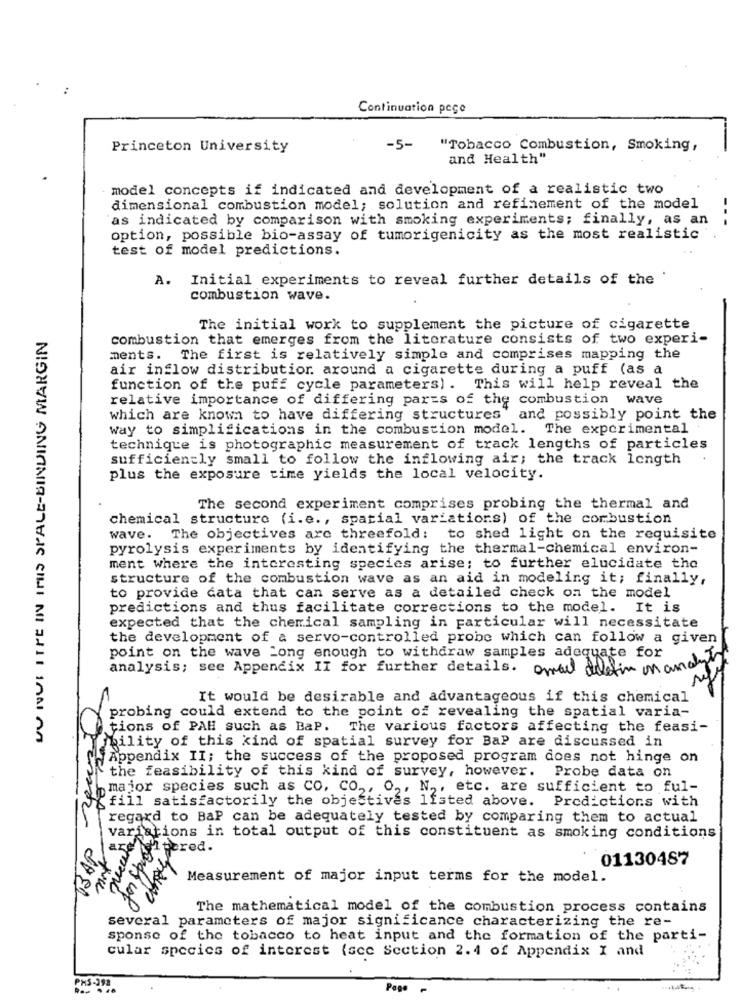
Continuation pece
Princeton University
-5-
"Tobacco Combustion, Smoking,
and Health"
model concepts if indicated and development of a realistic two
dimensional combustion model; solution and refinement of the model
as indicated by comparison with smoking experiments; finally, as an
option, possible bio-assay of tumorigenicity as the most realistic
test of model predictions.
A. Initial experiments to reveal further details of the
combustion wave.
DU NUI ITTE IN IUS SPALE-BINDING MARGIN
The initial work to supplement the picture of cigarette
combustion that emerges from the literature consists of two experi-
ments. The first is relatively simple and comprises mapping the
air inflow distribution. around a cigarette during a puff (as a
function of the puff cycle parameters) . This will help reveal the
relative importance of differing parts of the combustion wave
which are known to have differing structures and possibly point the
way to simplifications in the combustion model. The experimental
technique is photographic measurement of track lengths of particles
sufficiently small to follow the inflowing air; the track length
plus the exposure time yields the local velocity.
The second experiment comprises probing the thermal and
chemical structure (i.e ., spatial variations) of the combustion
wave. The objectives are threefold: to shed light on the requisite
pyrolysis experiments by identifying the thermal-chemical environ-
ment where the interesting species arise; to further elucidate the
structure of the combustion wave as an aid in modeling it; finally,
to provide data that can serve as a detailed check on the model
predictions and thus facilitate corrections to the model. It is
expected that the chemical sampling in particular will necessitate
the development of a servo-controlled probe which can follow a given
point on the wave Long enough to withdraw samples adequate for
analysis; see Appendix II for further details. omail delesin mand
It would be desirable and advantageous if this chemical
probing could extend to the point of revealing the spatial varia-
tions of PAH such as BaP. The various factors affecting the feasi-
mility of this kind of spatial survey for BaP are discussed in
\\Appendix II; the success of the proposed program does not hinge on
the feasibility of this kind of survey, however. Probe data on
major species such as Co. CO ., O ,, N ., etc. are sufficient to ful-
"fill satisfactorily the objectives listed above. Predictions with
regard to BaP can be adequately tested by comparing them to actual
variations in total output of this constituent as smoking conditions
are
Altered.
01130487
Measurement of major input terms for the model.
The mathematical model of the combustion process contains
several parameters of major significance characterizing the re-
sponse of the tobacco to heat input and the formation of the parti-
cular species of interest (scc Section 2.4 of Appendix I and
PHS-292
Pape